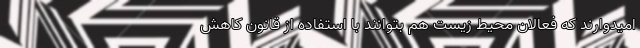
امیدوارند که فعالان محیط‌ زیست هم بتوانند با استفاده از قانون کاهش